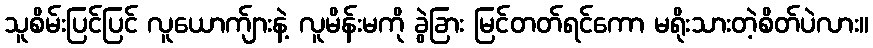
သူစိမ်းပြင်ပြင် လူယောက်ျားနဲ့ လူမိန်းမကို ခွဲခြား မြင်တတ်ရင်ကော မရိုးသားတဲ့စိတ်ပဲလား။